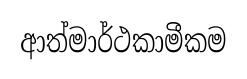
ආත්මාර්ථකාමීකම